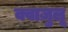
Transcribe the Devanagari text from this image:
क्वाज़ुलू